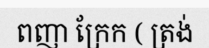
ពញា ក្រែក ( ត្រង់